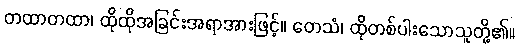
တထာတထာ၊ ထိုထိုအခြင်းအရာအားဖြင့်။ တေသံ၊ ထိုတစ်ပါးသောသူတို့၏။